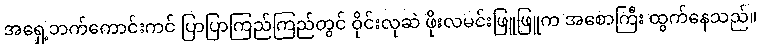
အရှေ့ဘက်ကောင်းကင် ပြာပြာကြည်ကြည်တွင် ဝိုင်းလုဆဲ ဖိုးလမင်းဖြူဖြူက အစောကြီး ထွက်နေသည်။